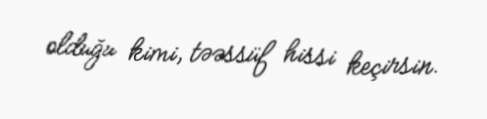
olduğu kimi, təəssüf hissi keçirsin.